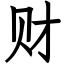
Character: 财